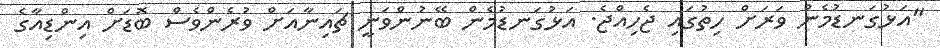
"އަޅުގަނޑުމެން ވަރަށް ހިތުގައި ޖެހިއްޖެ. އަޅުގަނޑުމެން ބޭނުންވަނީ ޗައިނާއަށް ވުރެންވެސް ބޮޑަށް އިންޑިއާގެ